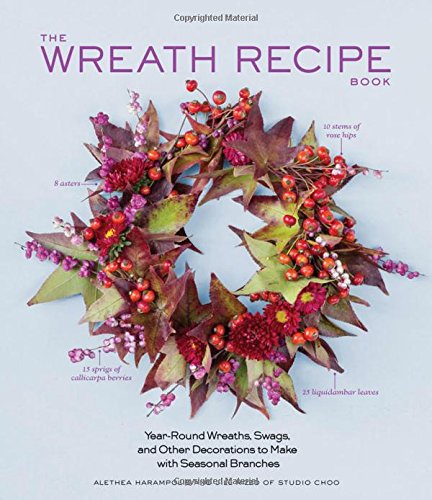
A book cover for The Wreath Recipe Book: Year-Round Wreaths, Swags, and Other Decorations to Make with Seasonal Branches; Alethea Harampolis; Crafts, Hobbies & Home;